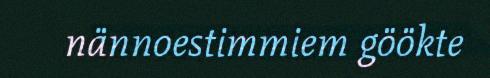
nännoestimmiem göökte